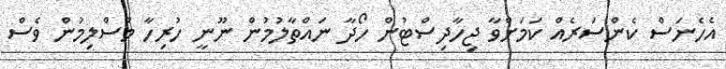
އެހެނަސް ކެންސަރެއް ކަމަށްވާ ޖިހާދިސްޓުން ހޯދާ ނައްތާލުމުން ނޫނީ ހުރިހާ މުސްލިމުން ވެސް